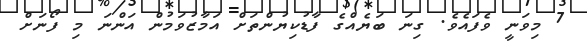
7 މިވަނީ ވެފައެވެ. ގިނަ ބަޔެއްގެ ފާޑުކިޔުންތަށް އަމާޒުވަމުން އަންނަ މި ފޯނަށް